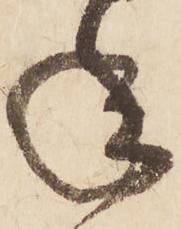
年